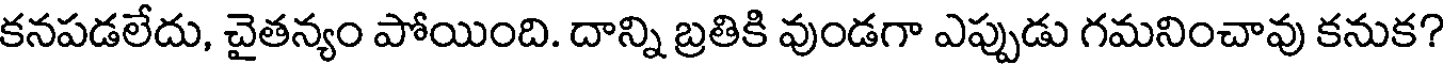
కనపడలేదు, చైతన్యం పోయింది. దాన్ని బ్రతికి వుండగా ఎప్పుడు గమనించావు కనుక?